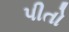
પીતો